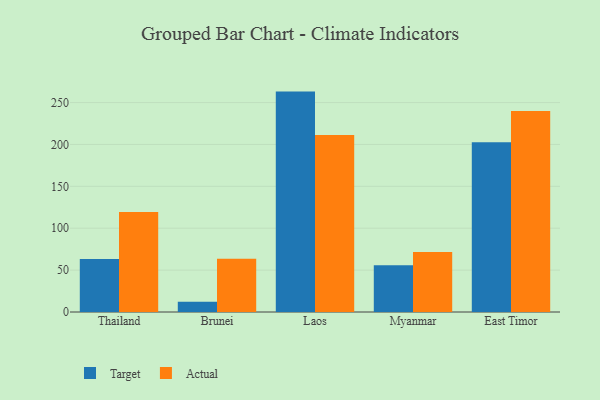
{"axis": {"x": "Country", "y": "Waste Production (Tons)"}, "legend": ["Actual", "Target"], "data": [{"x": "Thailand", "y": 63.3, "type": "Target"}, {"x": "Thailand", "y": 119.5, "type": "Actual"}, {"x": "Brunei", "y": 12.3, "type": "Target"}, {"x": "Brunei", "y": 63.6, "type": "Actual"}, {"x": "Laos", "y": 263.1, "type": "Target"}, {"x": "Laos", "y": 211.3, "type": "Actual"}, {"x": "Myanmar", "y": 55.7, "type": "Target"}, {"x": "Myanmar", "y": 71.6, "type": "Actual"}, {"x": "East Timor", "y": 202.6, "type": "Target"}, {"x": "East Timor", "y": 239.8, "type": "Actual"}]}